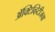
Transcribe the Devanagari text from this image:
ॲक्टिव्हिटीजचा